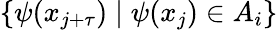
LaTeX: \{ \psi(x_{j+\tau})\mid\psi(x_{j})\in A_{i}\}